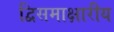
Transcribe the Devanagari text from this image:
द्विसमाक्षारीय